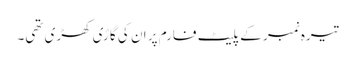
تیرہ نمبر کے پلیٹ فارم پر ان کی گاڑی کھڑی تھی۔